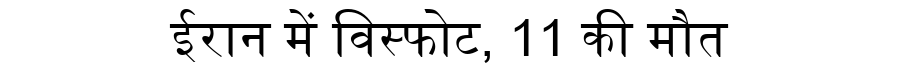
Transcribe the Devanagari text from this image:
ईरान में विस्फोट, 11 की मौत